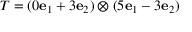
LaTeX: T = ( 0 \mathbf { e } _ { 1 } + 3 \mathbf { e } _ { 2 } ) \otimes ( 5 \mathbf { e } _ { 1 } - 3 \mathbf { e } _ { 2 } )